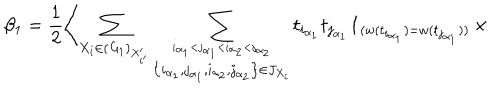
\beta _ { 1 } = \frac { 1 } { 2 } \left\langle \sum _ { X _ { i } \in ( { \it G } _ { 1 } ) _ { X _ { i ^ { \prime } } ^ { \prime } } } \sum _ { \stackrel { i _ { \alpha _ { 1 } } < j _ { \alpha _ { 1 } } < i _ { \alpha _ { 2 } } < j _ { \alpha _ { 2 } } } { \left\{ i _ { \alpha _ { 1 } } , j _ { \alpha _ { 1 } } , i _ { \alpha _ { 2 } } , j _ { \alpha _ { 2 } } \right\} \in J _ { X _ { i } } } } t _ { i _ { \alpha _ { 1 } } } t _ { j _ { \alpha _ { 1 } } } { \bf 1 } _ { ( w ( t _ { i _ { \alpha _ { 1 } } } ) = w ( t _ { j _ { \alpha _ { 1 } } } ) ) } \right. \times